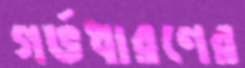
গর্ভধারণের